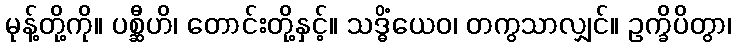
မုန့်တို့ကို။ ပစ္ဆီဟိ၊ တောင်းတို့နှင့်။ သဒ္ဓိံယေဝ၊ တကွသာလျှင်။ ဥက္ခိပိတွာ၊